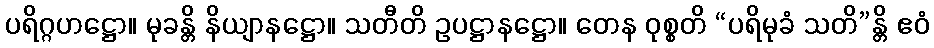
ပရိဂ္ဂဟဋ္ဌော။ မုခန္တိ နိယျာနဋ္ဌော။ သတီတိ ဥပဋ္ဌာနဋ္ဌော။ တေန ဝုစ္စတိ “ပရိမုခံ သတိ”န္တိ ဧဝံ